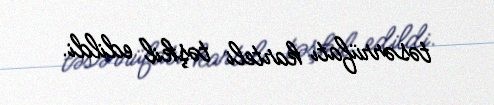
təsərrüfatı karteli təşkil edildi.